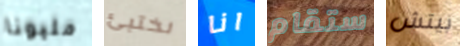
مليونا نختبئ انا ستقام بيتش